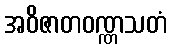
အဝိဇာတဝဏ္ဏသတံ